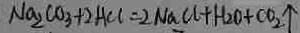
N a _ { 2 } C O _ { 3 } + 2 H C l = 2 N a C l + H _ { 2 } O + C O _ { 2 } \uparrow